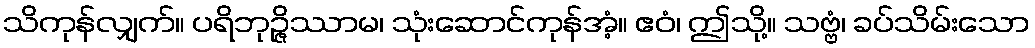
သိကုန်လျှက်။ ပရိဘုဉ္ဇိဿာမ၊ သုံးဆောင်ကုန်အံ့။ ဧဝံ၊ ဤသို့။ သဗ္ဗံ၊ ခပ်သိမ်းသော